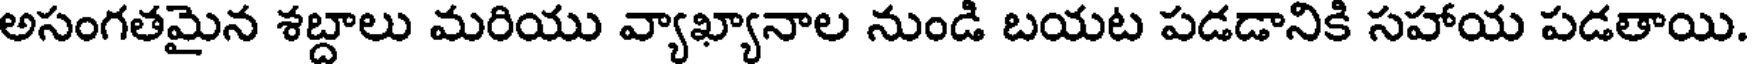
అసంగతమైన శబ్దాలు మరియు వ్యాఖ్యానాల నుండి బయట పడడానికి సహాయ పడతాయి.